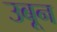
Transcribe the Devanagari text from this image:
उबून